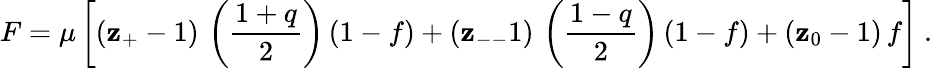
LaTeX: F=\mu\left[(\mathbf{z}_{+}-1)\, \left(\frac{{1+q}}{{2}}\right)\, (1-f)+(\mathbf{z}_{--}1)\, \left(\frac{{1-q}}{{2}}\right)\, (1-f)+(\mathbf{z}_{0}-1)\, f\right]\ .